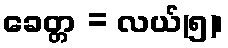
ခေတ္တ = လယ်(၅)၊